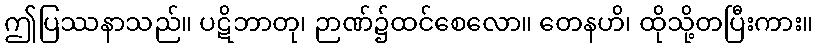
ဤပြဿနာသည်။ ပဋိဘာတု၊ ဉာဏ်၌ထင်စေလော။ တေနဟိ၊ ထိုသို့တပြီးကား။